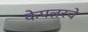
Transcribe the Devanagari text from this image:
केपलरचे